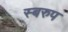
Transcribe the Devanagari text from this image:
स्बरुप